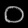
Digit: ၀